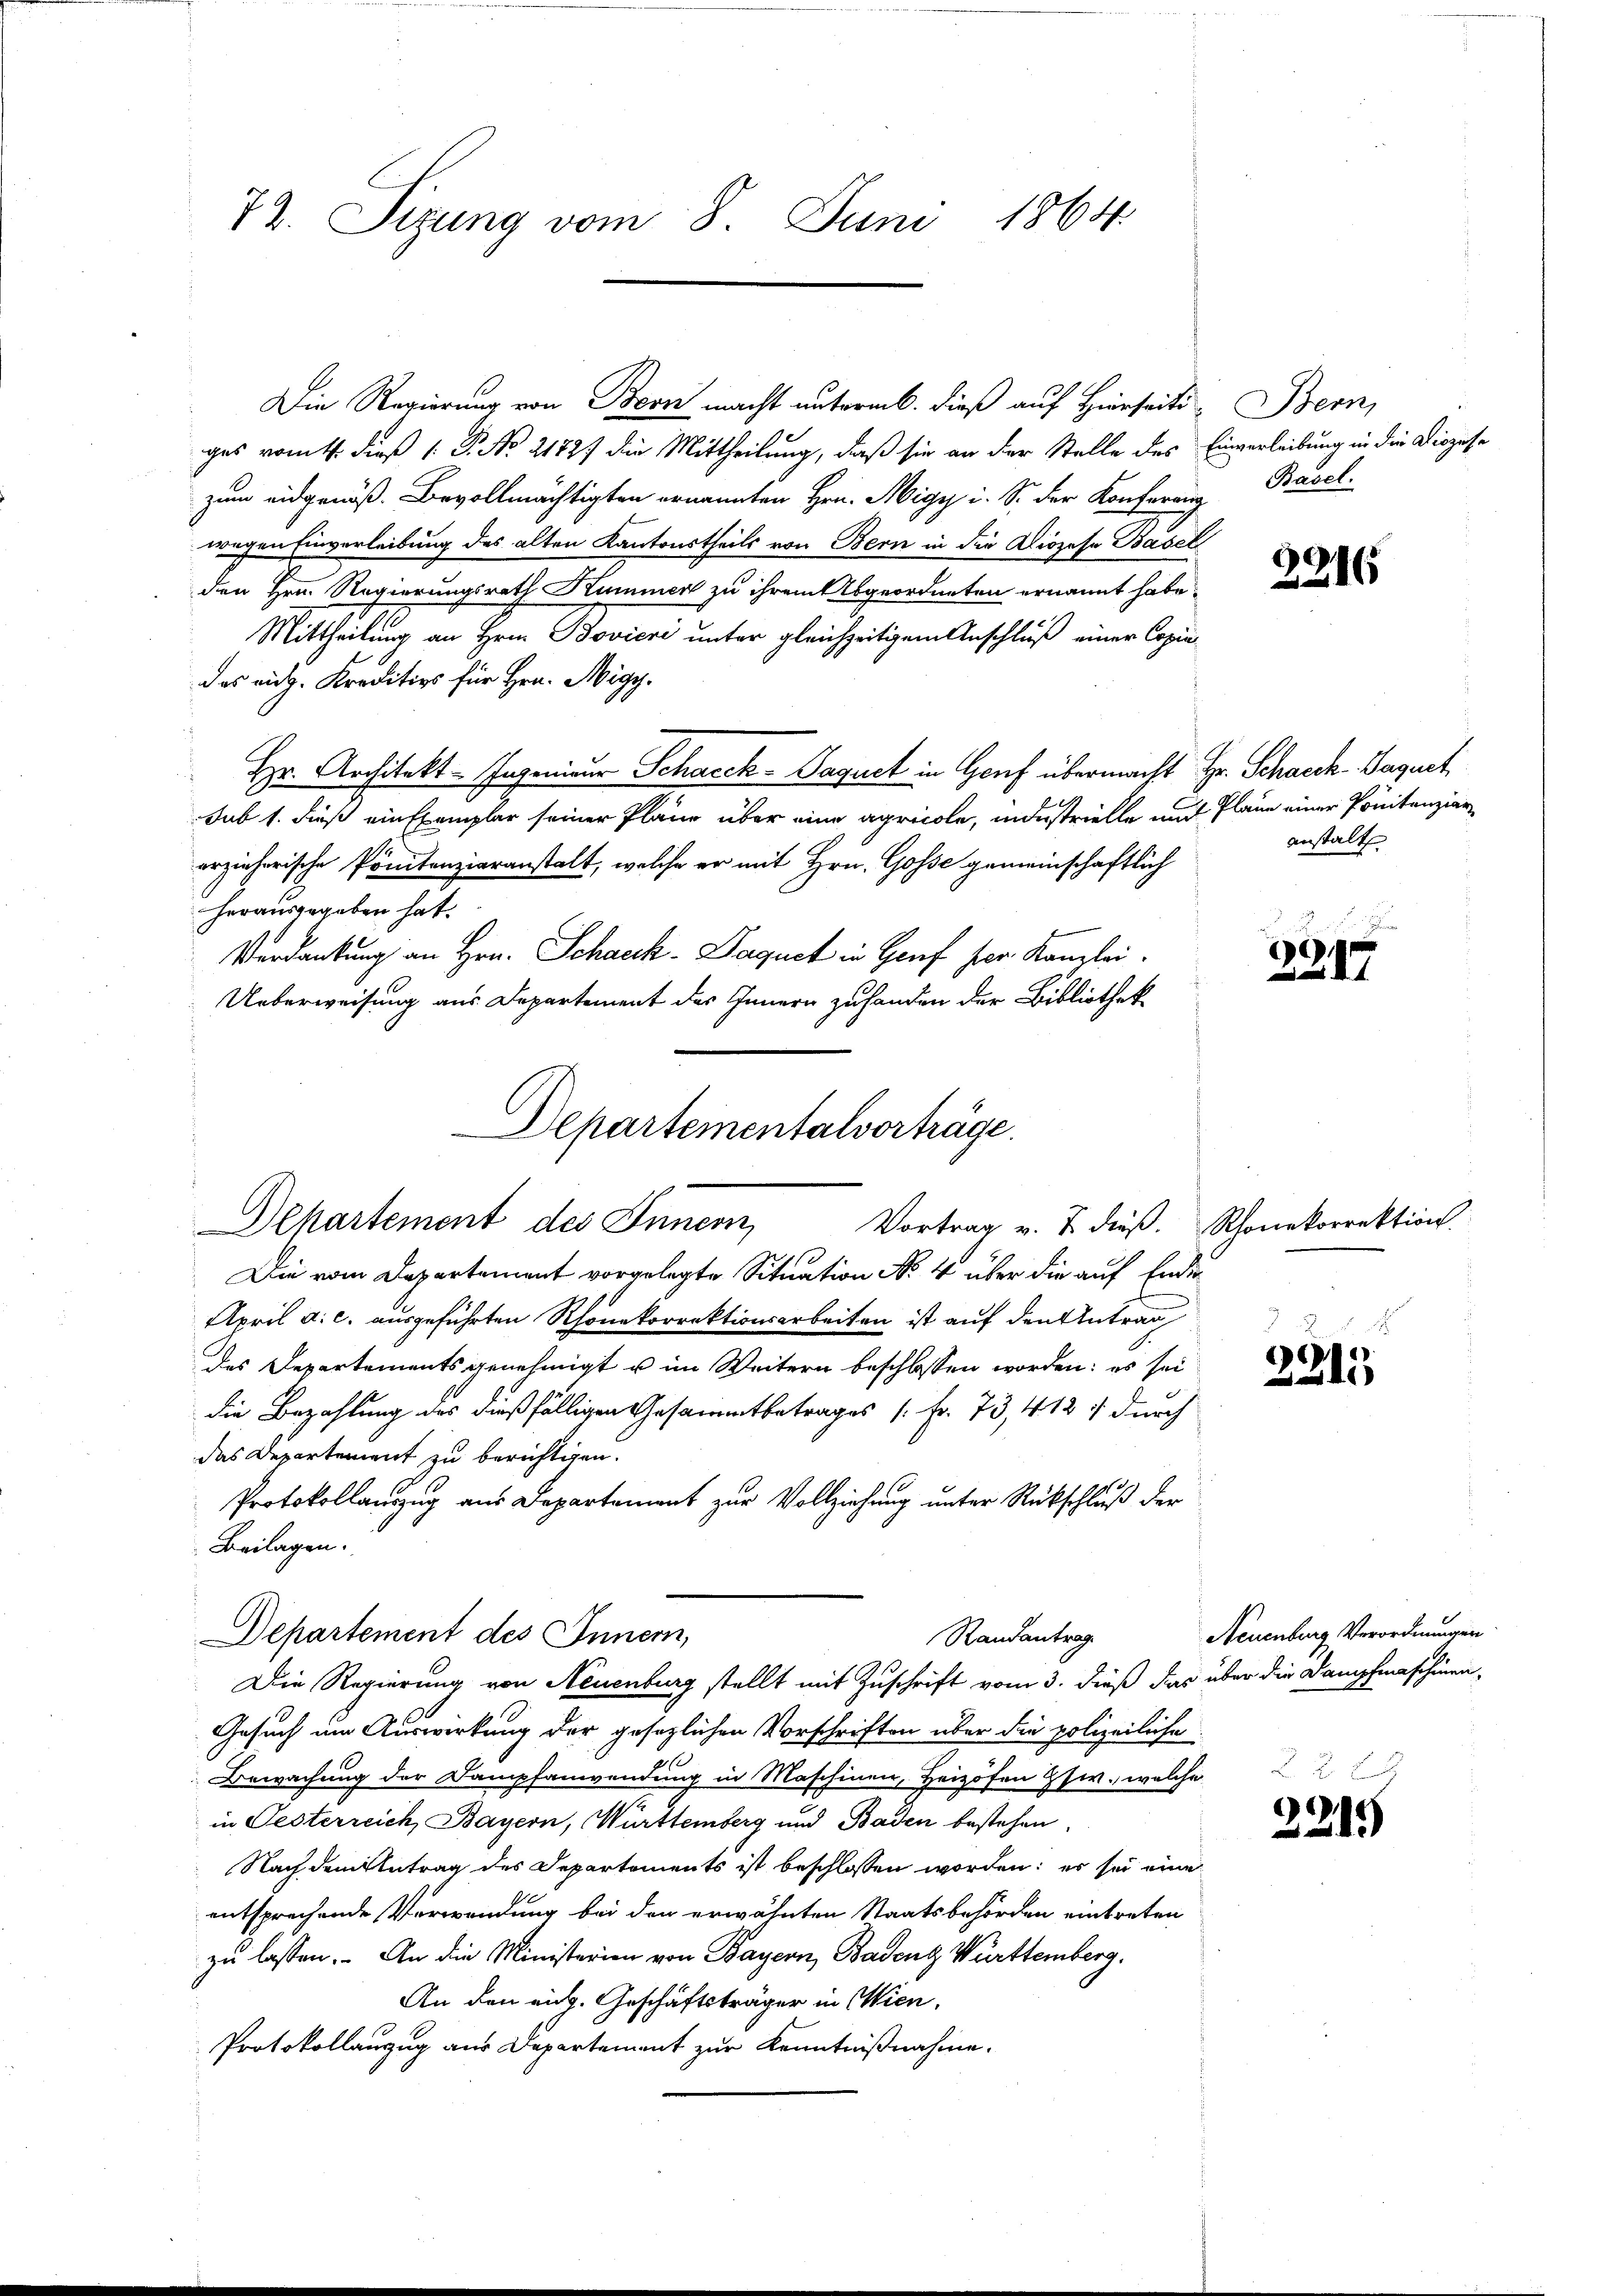
72. Sizung vom 8. Juni 1864

Die Regierung von Bern macht untermb. dieß auf Hierseitiges vom 4. dieß 1. P. No 21727 die Mittheilung, daß sie an der Stelle des
zum eidgenöß. Bevollmächtigten ernannten Hrn. Migy i. S. der Konferei
wegen Einverleibung des alten Kantonstheils von Bern in die Diözese Basel
den Hrn. Regierungsrath Kummer zu ihrem Abgeordneten ernannt habe.
Mittheilung an Hrn. Bovicri unter gleichzeitigem Anschluß einer Copie
das eidg. Kreditivs für Hrn. Migy.
Hr. Architekt. Ingenieur Schacek -Paquet in Gouf übermacht Hr. Schacck- Paquet
sub 1. dieß ein Exemplar seiner Pläne über eine agricole, industrielle und Plane einer Pönitenzier
erzieherische Pönitenzieranstalt, welche er mit Hrn. Gosse gemeinschaftlich
herausgegeben hat.
Verdankung an Hrn. Schauk- Paquet in Genf her Kanzlei
Ueberweisung aus Departement des Innern zuhanden der Bibliothek
Die vom Departement vorgelegte Situation No 4 über die auf Ende
April a. c. ausgeführten Rhonekorrektionsarbeiten ist auf den Antrag
des Departements genehmigt u im Weitern beschlossen worden: es sei
die Bezahlung des dießfälligen Gesammtbetrages [Fr. 73, 412, durch
das Departement zu berichtigen.
Protokollauszug aus Departement zur Vollziehung unter Rückschluß der
Beilagen.
Departement des Innern,
Randantrag.
Die Regierung von Neuenburg stellt mit Zuschrift vom 3. dieß das über die Dampfmaschinen,
Gesuch um Auswirkung der gesezlichen Vorschriften über die polizeiliche
Bewachung der Dampfanwendung in Maschinen, Heizöfen Zsw., welche
in Oesterreich, Bayern, Württemberg und Baden bestehen.
Nach dem Antrag des Departements ist beschlossen worden; es sei eine
entsprechende Verwendung bei den erwähnten Staatsbehörden eintreten
zu lassen. An die Ministerien von Bayern, Badenz Württemberg.
An den eich. Geschäftsträger in Wien,
Protokollanzug aus Departement zur Kenntnißnahme.

Departementalvorträge.
Departement des Innern,
Vortrag v. J. dieß.

Bern,
Einverleibung in die Diözese
Basel.

2216

anstalt

n
2947

Rhonekorrektion.

3215

Neuenburg Verordnungen

3215